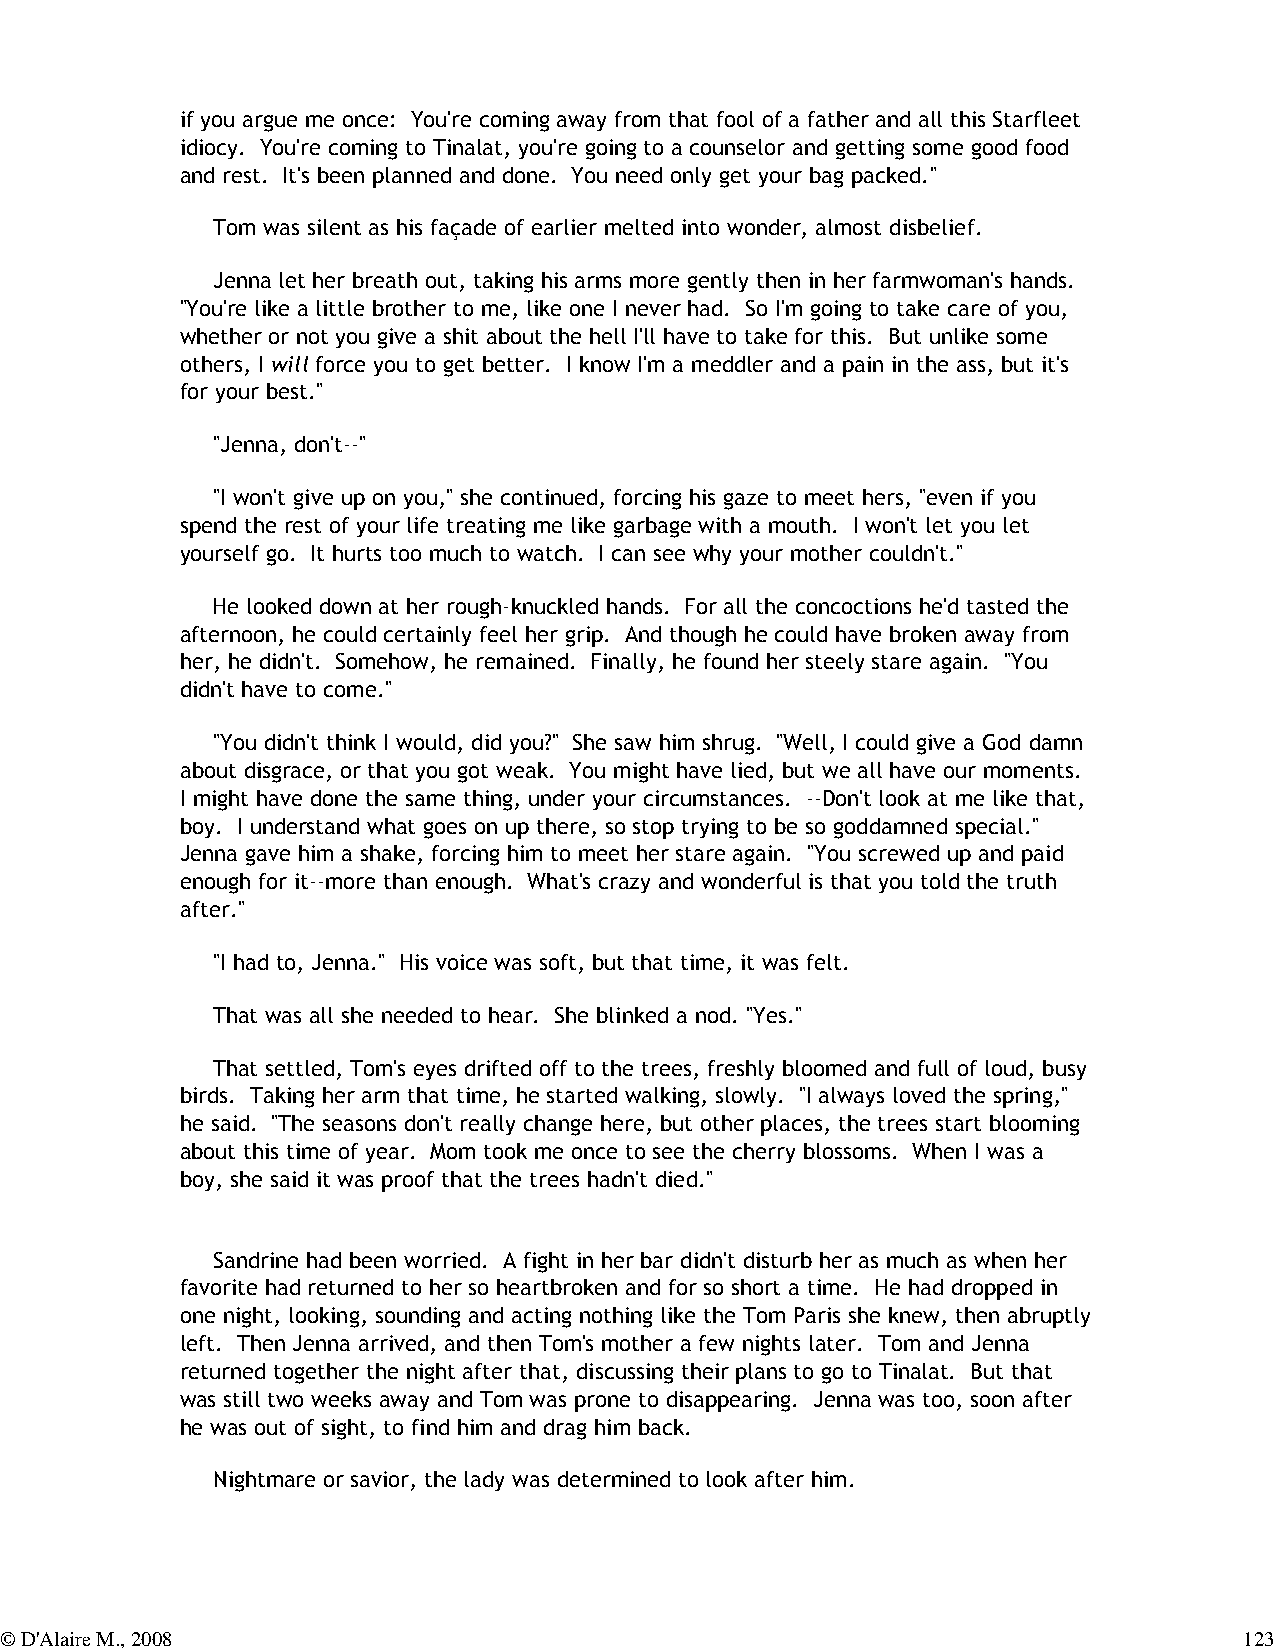
if you argue me once: You're coming away from that fool of a father and all this Starfleet
 idiocy. You're coming to Tinalat, you're going to a counselor and getting some good food
 and rest. It's been planned and done. You need only get your bag packed."
 Tom was silent as his façade of earlier melted into wonder, almost disbelief.
 Jenna let her breath out, taking his arms more gently then in her farmwoman's hands.
 "You're like a little brother to me, like one I never had. So I'm going to take care of you,
 whether or not you give a shit about the hell I'll have to take for this. But unlike some
 others, I will force you to get better. I know I'm a meddler and a pain in the ass, but it's
 for your best."
 "Jenna, don't--"
 "I won't give up on you," she continued, forcing his gaze to meet hers, "even if you
 spend the rest of your life treating me like garbage with a mouth. I won't let you let
 yourself go. It hurts too much to watch. I can see why your mother couldn't."
 He looked down at her rough-knuckled hands. For all the concoctions he'd tasted the
 afternoon, he could certainly feel her grip. And though he could have broken away from
 her, he didn't. Somehow, he remained. Finally, he found her steely stare again. "You
 didn't have to come."
 "You didn't think I would, did you?" She saw him shrug. "Well, I could give a God damn
 about disgrace, or that you got weak. You might have lied, but we all have our moments.
 I might have done the same thing, under your circumstances. --Don't look at me like that,
 boy. I understand what goes on up there, so stop trying to be so goddamned special."
 Jenna gave him a shake, forcing him to meet her stare again. "You screwed up and paid
 enough for it--more than enough. What's crazy and wonderful is that you told the truth
 after."
 "I had to, Jenna." His voice was soft, but that time, it was felt.
 That was all she needed to hear. She blinked a nod. "Yes."
 That settled, Tom's eyes drifted off to the trees, freshly bloomed and full of loud, busy
 birds. Taking her arm that time, he started walking, slowly. "I always loved the spring,"
 he said. "The seasons don't really change here, but other places, the trees start blooming
 about this time of year. Mom took me once to see the cherry blossoms. When I was a
 boy, she said it was proof that the trees hadn't died."
 Sandrine had been worried. A fight in her bar didn't disturb her as much as when her
 favorite had returned to her so heartbroken and for so short a time. He had dropped in
 one night, looking, sounding and acting nothing like the Tom Paris she knew, then abruptly
 left. Then Jenna arrived, and then Tom's mother a few nights later. Tom and Jenna
 returned together the night after that, discussing their plans to go to Tinalat. But that
 was still two weeks away and Tom was prone to disappearing. Jenna was too, soon after
 he was out of sight, to find him and drag him back.
 Nightmare or savior, the lady was determined to look after him.
 © D'Alaire M., 2008                                                               123